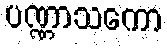
ပဏ္ဏာသကော